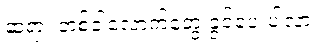
ဆရာ၊ တစ်ခါလောက်တွေ့ ခွင့်ပေးပါလား။